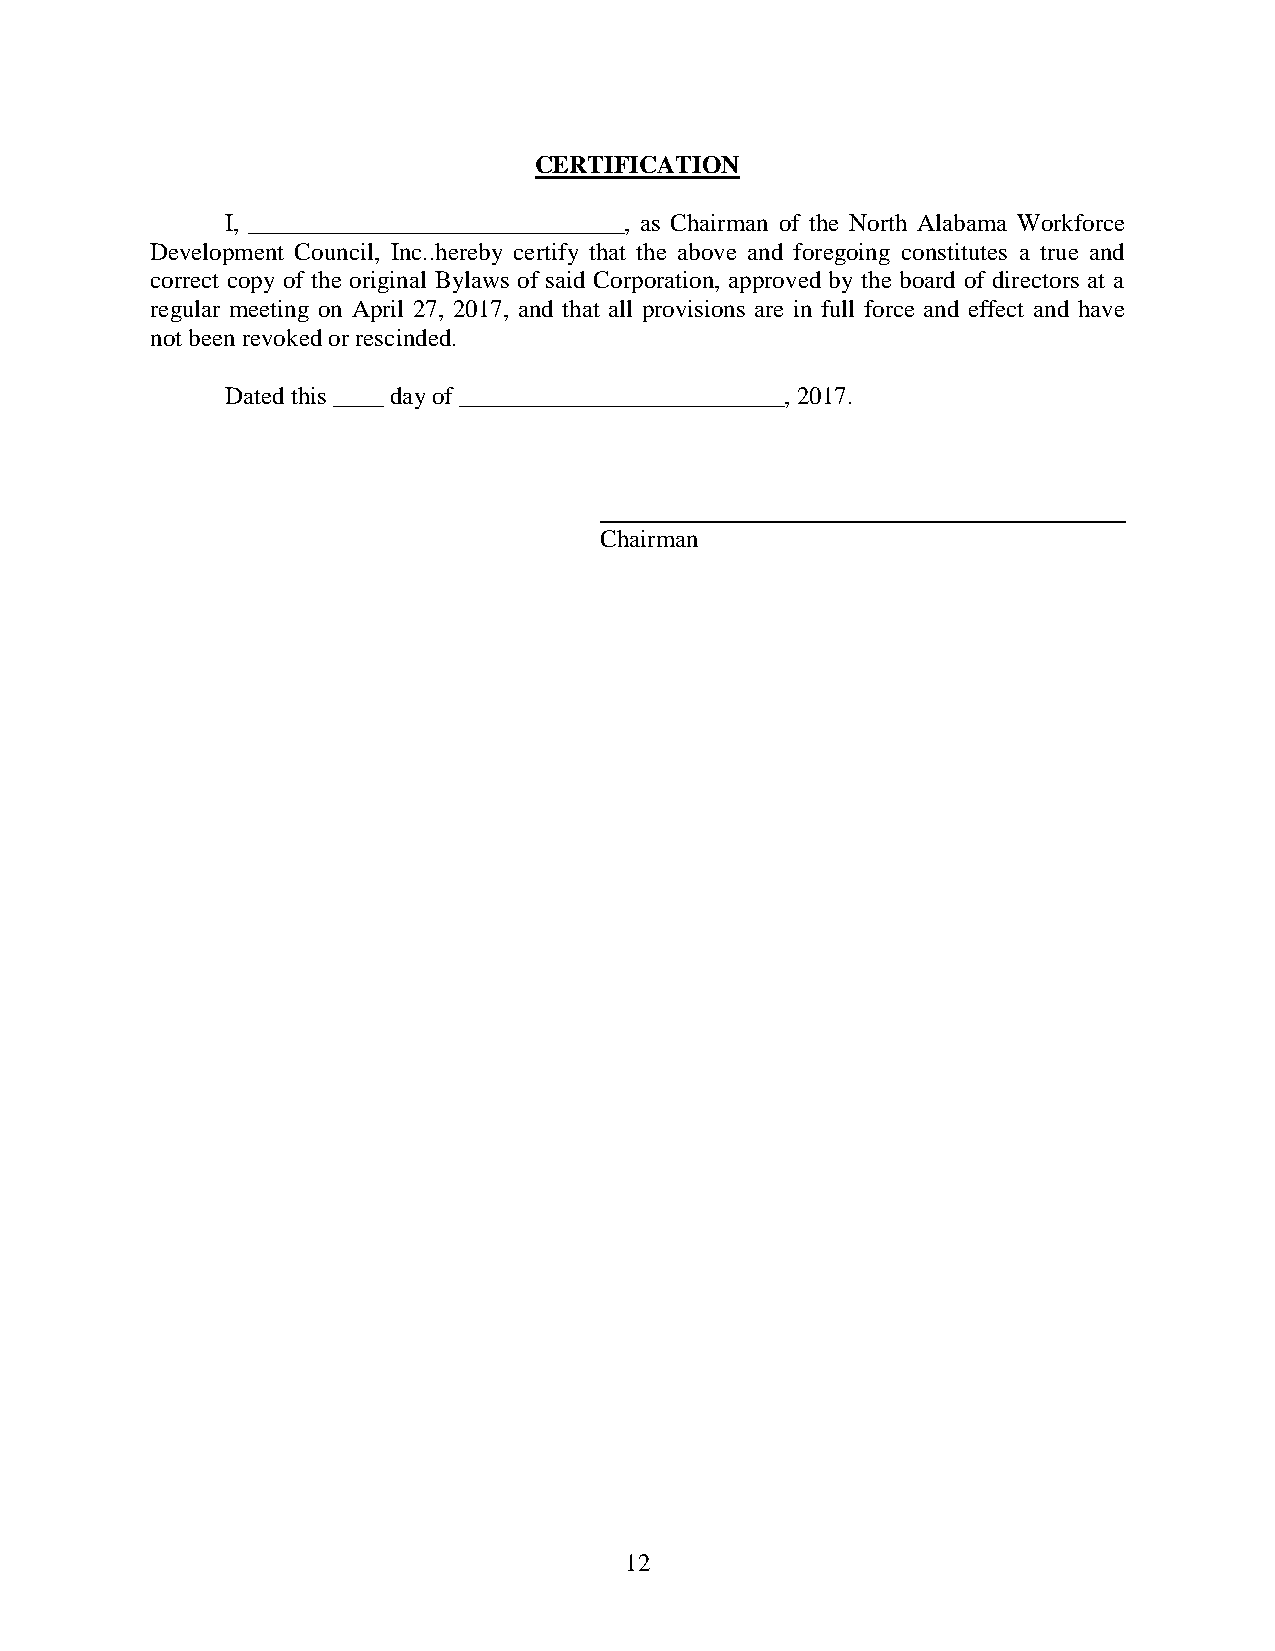
CERTIFICATION
 I, ______________________________, as Chairman of the North Alabama Workforce
 Development Council, Inc..hereby certify that the above and foregoing constitutes a true and
 correct copy of the original Bylaws of said Corporation, approved by the board of directors at a
 regular meeting on April 27, 2017, and that all provisions are in full force and effect and have
 not been revoked or rescinded.
 Dated this ____ day of __________________________, 2017.
 Chairman
 12